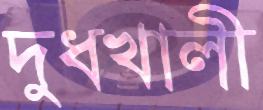
দুধখালী